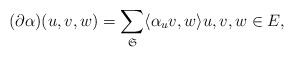
\begin{align*} (\partial \alpha ) (u,v,w) = \sum_{\mathfrak{S}} \langle \alpha_uv,w\rangle u,v,w\in E, \end{align*}